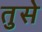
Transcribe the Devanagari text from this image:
तुसे